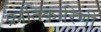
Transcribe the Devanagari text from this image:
क्रांतिकारिणी